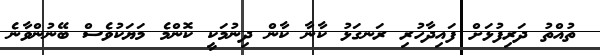
ތުއްތު ދަރިފުޅަށް ފައިދާހުރި ރަނގަޅު ކާނާ ކާން ދިނުމަކީ ކޮންމެ މަޔަކުވެސް ބޭނުންވާނެ